Vaccination in Bombay 1869-1873 - 1869-1873
Year: 1869
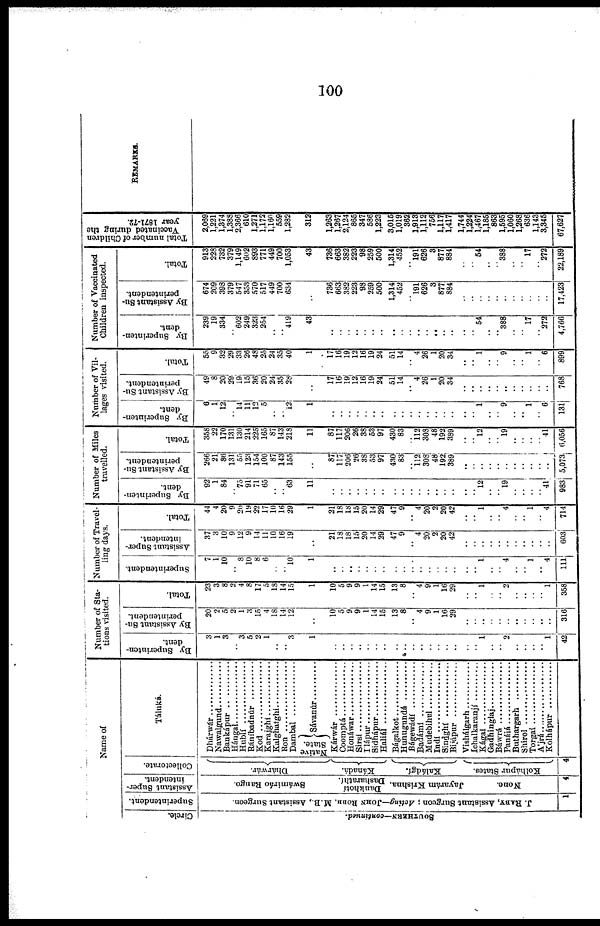
100
Name of
Circle.
SOUTHERN—continued.
Superintendent.
J. RABY, Assistant Surgeon ; Acting—JOHN ROBB, M.B., Assistant Surgeon.
1
Assistant Super-
intendent.
Swámiráo Rango.
Dankhotí
Dasharathí.
J a ya r
á m Krishna.
None.
4
Collectorate.
Dhárwár.
Kánadá.
Kaládgí.
Kolhápur States.
4
Táluká.
Dhárwár ..............
Nawalgund ..............
Bankápur ................
Hángal..............
Hublí
..........
Ráníbadnúr ..............
Kod
....................
Karajghi ................
Kalghatghí..............
Ron ....................
Dambal ................
Native
State.
Sávanúr ................
Kárwár ..................
Coomptá ..............
Honáwar ..............
Sirsí ................
Ilápur ..................
Sidhápur ..................
Haliál ..................
Bágalkot ............
Hunugundá ..................
Bágewádí ................
Badámi ....................
Mudebihal ..............
Indí................
Sindghí ................
Bijápur ..................
Vishálgarh..................
Ichalkaranjí ..................
Kágal .....................
Gadhinglaj ...............
Báwrá .....................
Panálá .....................
Buthargarh ..................
Shirol ...............
Torgal...............
A'jrá ..................
Kolhápur .....................
Number of Sta-
tions visited.
By Superinten-
dent.
3
1
3
..
3
5
2
1
..
..
3
1
..
..
..
..
..
..
..
..
..
..
..
..
..
..
..
..
.. 1
..
.. 2
..
..
..
.. 1
42
By Assistant Su-
perintendent.
20
2
5 2
1
3
15
4
18
14
12
..
10
5
9
9
1
14
15
13
8
.. 4
9
1
16
29
..
..
..
..
..
..
..
..
..
..
..
316
Total.
23
3
8
2
4
8
17
5
18
14
15
1
10
5
9
9
1
14
15
13
8
.. 4
9
1
16
29
..
.. 1
..
.. 2
..
..
..
.. 1
358
Number of Travel-
ling days.
Superintendent.
7
1
10
..
8
10
8
6
..
..
10
1
..
..
..
..
..
..
..
..
..
..
..
..
..
..
..
..
.. 1
..
.. 4
..
.. 1
.. 4
111
Assistant Super-
intendent.
37
3
10
9
12
9
14
11
10
16
19
..
21
18
18
15
20
14
29
47
9
.. 4
20
2
20
42
..
..
..
..
..
..
..
..
..
..
..
603
Total.
44
4
20
9
20
19
22 17
10
16
29
1
21
18
18
15
20
14
29
47
9
.. 4
20
2
20
42
..
.. 1
..
.. 4
..
.. 1
.. 4
714
Number of Miles
travelled.
By Superinten-
dent.
92
1
84
..
75
91
71
65
..
..
63
11
..
..
..
..
..
..
..
..
..
..
..
..
..
..
..
..
.. 12
..
.. 19
..
.. ..
.. 41
983
By Assistant Su-
perintendent.
266
21
86
131
55 123
154
100
87
143
155
..
87
117
206
26
38
53
97
430
83
.. 112
308
48
192
389
..
..
..
..
..
..
..
.. ..
..
..
5,073
Total.
358
22
170
131
130
214
225
165
87
143
218
11
87
117
206
26
38
53
97
430
83
.. 112
308
48
192
389
..
.. 12
..
.. 19
..
..
..
.. 41
6,056
Number of Vil-
lages visited.
By Superinten-
dent.
6
1
12
..
14
11
12
5
..
..
12
1
..
..
..
..
.. ..
..
..
..
..
..
..
..
..
..
..
.. 1
..
.. 9
..
.. 1
.. 6
131
By Assistant Su-
perintendent.
49
8
20
29
19
15
36
20
24
35
28
..
17
16
19
12
16
19
24
51
14
.. 4
26
1
20
34
..
..
..
..
..
..
..
..
..
..
..
768
Total.
55
9
32
29
33
26
48
25
24
35
40
1
17
16
19
12
16
19
24
51
14
.. 4
26
1
20
34
..
.. 1
..
.. 9
..
.. 1
.. 6
899
Number of Vaccinated
Children inspected.
By Superinten-
dent.
239
19
334
..
602
249
323
254
..
..
419
43
..
..
..
..
..
..
..
..
..
..
..
..
..
..
..
..
.. 54
..
.. 388
..
.. 17
.. 272
4,766
By Assistant Su-
perintendent.
674
209
398
379
547
353
570
517
449
700
634
..
736
663
382
223
98
259
500
1,314
452
.. 191
626
3
877
884
..
..
..
..
..
..
..
..
..
..
..
17,423
Total.
913
228
732
379
1,149
602
893
771
449
700
1,053
43
736
663
382
223
98
259
500
1,314
452
.. 191
626
3
877
884
..
.. 54
..
.. 388
..
.. 17
.. 272
22,189
Total number of Children
Vaccinated during the
year 1871-72.
2,069
1,221
1,374
1,388
2,366
610
1,271
1,172
1,160
559
1,282
312
1,263
1,267
2,124
865
347
586
1,223
3,015
1,019
362
1,913
1,112
756
1,117
1,417
1,744
1,224
1,467
1,185
863
1,595
1,060
1,268
636
1,143
3,345
67,627
REMARKS.